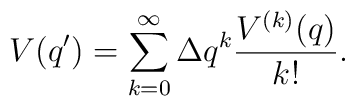
V(q') = \sum_{k=0}^{\infty} \Delta q^k \frac{V^{(k)}(q)}{k!}.